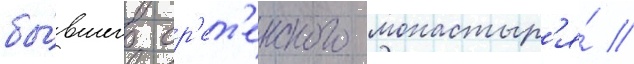
бы́вшего ср'ет'енского монастыр'я́ //